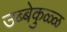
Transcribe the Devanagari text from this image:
उब्बेकुळ्ळ